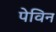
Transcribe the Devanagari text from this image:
पेविन